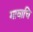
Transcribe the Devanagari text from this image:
गावाचि